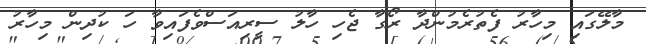
މާލޭގައި މިހާރު ފެތުރެމުންދާ ރޯގާ ޖެހި ހާލު ސީރިއަސްވެފައިވާ ހަ ކުދިން މިހާރު